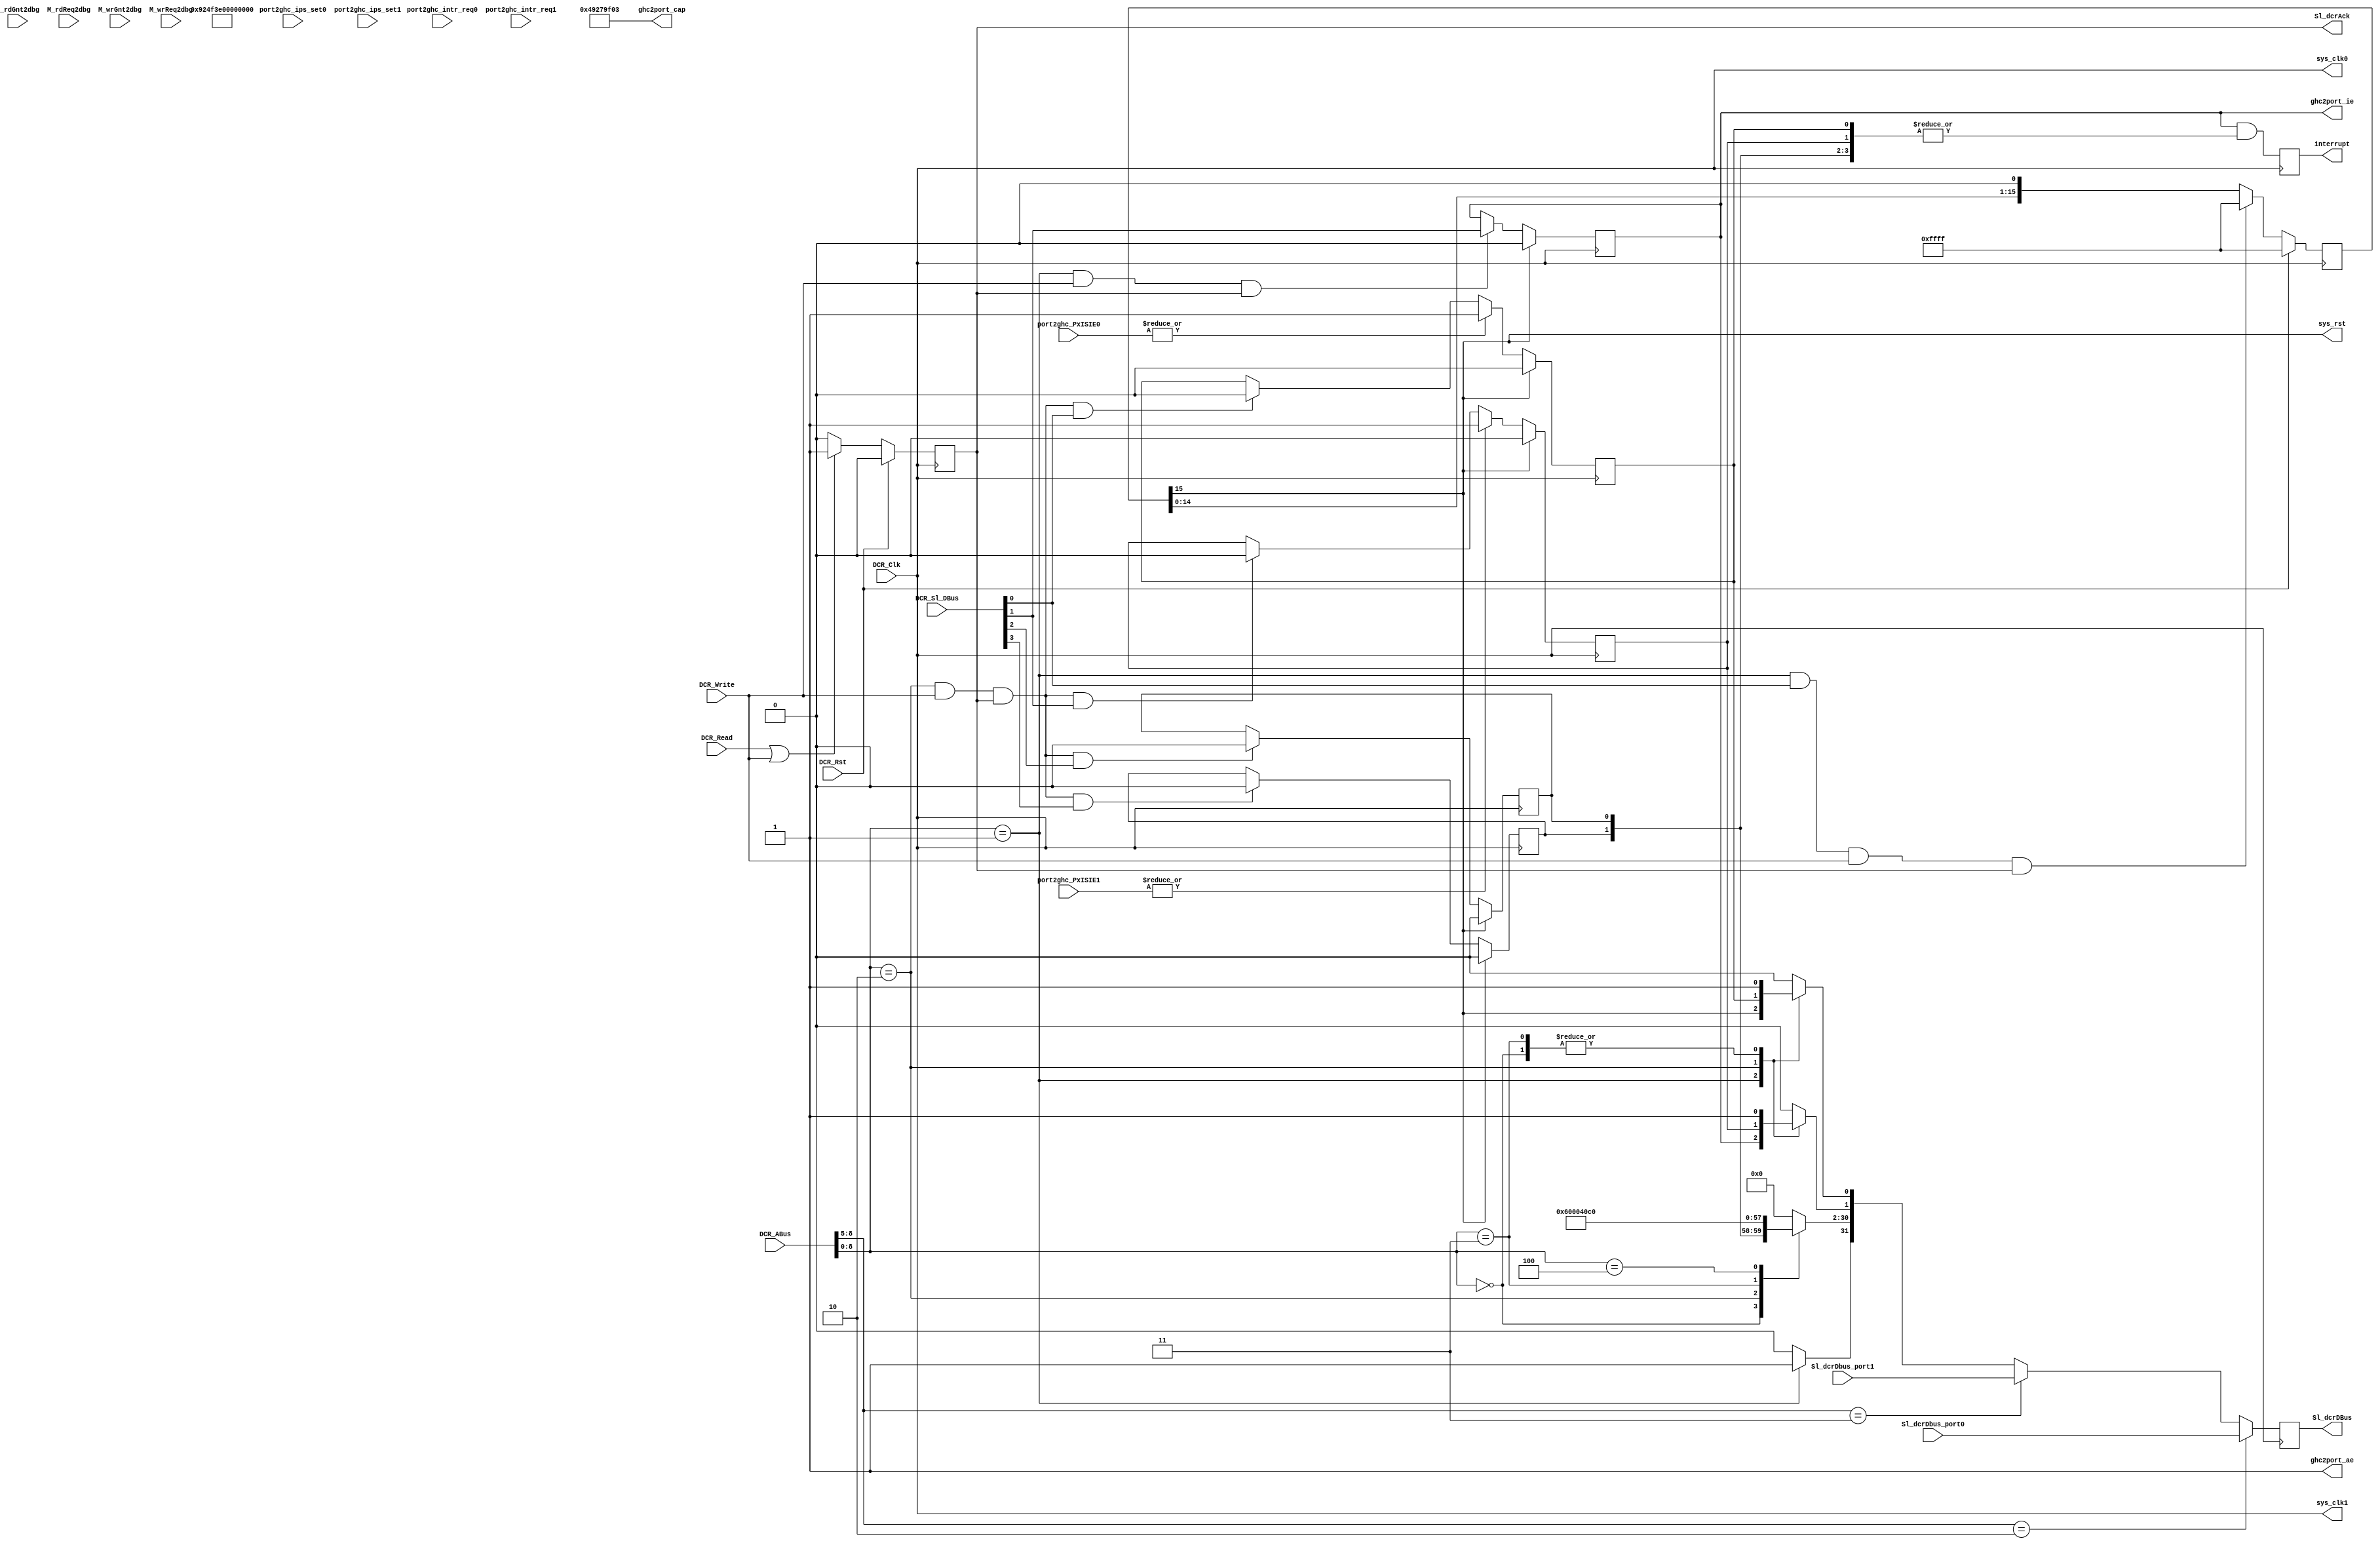
// dcr.v --- 
// 
// Description: 
// Maintainer: 
// Version: 
// Last-Updated: 
//           By: 
//     Update #: 0
// URL: 
// Keywords: 
// Compatibility: 
// 
// 

// Commentary: 
// 
// 
// 
// 

// Change log:
// 
// 
// 

// Copyright (C) 2008,2009 Beijing Soul tech.
// -------------------------------------
// Naming Conventions:
// 	active low signals                 : "*_n"
// 	clock signals                      : "clk", "clk_div#", "clk_#x"
// 	reset signals                      : "rst", "rst_n"
// 	generics                           : "C_*"
// 	user defined types                 : "*_TYPE"
// 	state machine next state           : "*_ns"
// 	state machine current state        : "*_cs"
// 	combinatorial signals              : "*_com"
// 	pipelined or register delay signals: "*_d#"
// 	counter signals                    : "*cnt*"
// 	clock enable signals               : "*_ce"
// 	internal version of output port    : "*_i"
// 	device pins                        : "*_pin"
// 	ports                              : - Names begin with Uppercase
// Code:
module dcr (/*AUTOARG*/
   // Outputs
   Sl_dcrDBus, Sl_dcrAck, sys_clk0, sys_clk1, sys_rst, interrupt,
   ghc2port_ae, ghc2port_ie, ghc2port_cap,
   // Inputs
   DCR_Clk, DCR_Rst, DCR_Read, DCR_Write, DCR_ABus, DCR_Sl_DBus,
   port2ghc_intr_req0, port2ghc_ips_set0, Sl_dcrDbus_port0,
   port2ghc_PxISIE0, port2ghc_intr_req1, port2ghc_ips_set1,
   Sl_dcrDbus_port1, port2ghc_PxISIE1, M_rdGnt2dbg, M_rdReq2dbg,
   M_wrGnt2dbg, M_wrReq2dbg
   );
   parameter C_CHIPSCOPE = 0;
   parameter C_BIG_ENDIAN = 1;
   parameter C_PORT0 = 4'b0010;
   parameter C_PORT1 = 4'b0011;
   parameter C_PORT2 = 4'b0100;
   parameter C_PORT3 = 4'b0101;
   parameter C_PORT  = 4'b1111;

   input DCR_Clk;
   input DCR_Rst;
   input DCR_Read;
   input DCR_Write;
   input [0:9] DCR_ABus;
   input [0:31] DCR_Sl_DBus;
   output [0:31] Sl_dcrDBus;
   output 	 Sl_dcrAck;

   output 	 sys_clk0;
   output 	 sys_clk1;
   output 	 sys_rst;
   output        interrupt;
   
   wire 	 sys_clk0;
   wire 	 sys_clk1;

   /**********************************************************************/
   output 		ghc2port_ae;
   output 		ghc2port_ie;
   output [31:0] 	ghc2port_cap;
   
   input [15:0] 	port2ghc_intr_req0;
   input [15:0] 	port2ghc_ips_set0;
   input [31:0] 	Sl_dcrDbus_port0;
   input [31:0] 	port2ghc_PxISIE0;
   
   input [15:0] 	port2ghc_intr_req1;
   input [15:0] 	port2ghc_ips_set1;
   input [31:0] 	Sl_dcrDbus_port1;
   input [31:0] 	port2ghc_PxISIE1;
   
   /**********************************************************************/
   input [3:0] 		M_rdGnt2dbg;
   input [3:0] 		M_rdReq2dbg;
   input [3:0] 		M_wrGnt2dbg;
   input [3:0] 		M_wrReq2dbg;
   
   wire [31:0] 		ghc2port_pi;
   wire [31:0] 		ghc2port_vs;
   
   localparam [8:0] 	
     C_CAP    = 9'h0,
     C_GHC    = 9'h1,
     C_IS     = 9'h2,
     C_PI     = 9'h3,
     C_VS     = 9'h4;
   /**********************************************************************/
   /*AUTOREG*/
   // Beginning of automatic regs (for this module's undeclared outputs)
   reg			Sl_dcrAck;
   reg [0:31]		Sl_dcrDBus;
   reg			ghc2port_ie;
   reg			interrupt;
   // End of automatics

   wire [31:0] 		dbus;
   wire [31:0]          dbus_be;
   assign dbus_be  = DCR_Sl_DBus;

   generate if (C_BIG_ENDIAN == 1)
       assign dbus = dbus_be;
   endgenerate
   genvar i;
   generate if (C_BIG_ENDIAN == 0)
       for (i = 0; i < 32; i = i + 8) begin: dbus_swap
           assign dbus[i+7:i] = dbus_be[31-i:24-i];
       end
   endgenerate

   always @(posedge DCR_Clk)
     begin
	if (DCR_Rst)
	  begin
	     Sl_dcrAck <= #1 1'b0;
	  end
	else if (DCR_Read || DCR_Write)
	  begin
	     Sl_dcrAck <= #1 1'b1;
	  end
	else
	  begin
	     Sl_dcrAck <= #1 1'b0;
	  end
     end // always @ (posedge DCR_Clk)
   wire [8:0] addr;
   assign addr = DCR_ABus[1:9];
   wire [3:0] prt;
   assign prt  = addr[8:5];

   wire [31:0] Sl_dcrDbus_be;
   wire [31:0] Sl_dcrDbus_next;
   generate if (C_BIG_ENDIAN == 1)
       assign Sl_dcrDbus_next = Sl_dcrDbus_be;
   endgenerate
   generate if (C_BIG_ENDIAN == 0)
       for (i = 0; i < 32; i = i + 8) begin: Sl_dcrDbus_next_swap
           assign Sl_dcrDbus_next[i+7:i] = Sl_dcrDbus_be[31-i:24-i];
       end
   endgenerate

   reg [31:0] Sl_dcrDbus_ghc;
   assign Sl_dcrDbus_be = prt == C_PORT0 ? Sl_dcrDbus_port0 : 
			  prt == C_PORT1 ? Sl_dcrDbus_port1 : Sl_dcrDbus_ghc;
   always @(posedge DCR_Clk)
     begin
	  Sl_dcrDBus <= #1 Sl_dcrDbus_next;
     end

   /**********************************************************************/
   reg [15:0] sys_rst_sync;
   always @(posedge DCR_Clk)
     begin
	if (DCR_Rst)
	  begin
	     sys_rst_sync <= #1 32'hffff_ffff;
	  end
	else if (addr == C_GHC && dbus[0] && DCR_Write && Sl_dcrAck)
	  begin
	     sys_rst_sync <= #1 32'hffff_ffff;
	  end
	else 
	  begin
	     sys_rst_sync <= #1 sys_rst_sync << 1;
	  end
     end // always @ (posedge DCR_Clk)
   assign sys_rst = sys_rst_sync[15];
   always @(posedge DCR_Clk)
     begin
	if (sys_rst)
	  begin
	     ghc2port_ie <= #1 1'b0;
	  end
	else if (addr == C_GHC && DCR_Write && Sl_dcrAck)
	  begin
	     ghc2port_ie <= #1 dbus[1];
	  end
     end // always @ (posedge DCR_Clk)
   
   reg [3:0] 		ghc2port_is;
   always @(posedge DCR_Clk)
     begin
	interrupt <= ghc2port_ie & (|ghc2port_is);
     end

generate 
      for (i = 0; i < 4; i = i + 1)
	begin: is_reg
	   always @(posedge DCR_Clk)
	     begin
		if (sys_rst)
		  begin
		     ghc2port_is[i] <= #1 1'b0;
		  end
		else if (|port2ghc_PxISIE0 && i == 0)
		  begin
		     ghc2port_is[i] <= #1 1'b1;
		  end
		else if (|port2ghc_PxISIE1 && i == 1)
		  begin
		     ghc2port_is[i] <= #1 1'b1;
		  end
		else if (addr == C_IS && DCR_Write && Sl_dcrAck && dbus[i])
		  begin
		     ghc2port_is[i] <= #1 1'b0;
		  end
	     end // always @ (posedge DCR_Clk)
	end // block: is_reg
endgenerate
   
   always @(*)
     begin
	Sl_dcrDbus_ghc = 32'h0;
	case (addr)
	  C_CAP : Sl_dcrDbus_ghc = ghc2port_cap;
	  C_GHC :
	    begin
	       Sl_dcrDbus_ghc[31] = 1'b1;
	       Sl_dcrDbus_ghc[01] = ghc2port_ie;
	       Sl_dcrDbus_ghc[00] = sys_rst;
	    end
	  C_IS  : Sl_dcrDbus_ghc  = ghc2port_is;
	  C_PI  : Sl_dcrDbus_ghc  = ghc2port_pi;
	  C_VS  : Sl_dcrDbus_ghc  = ghc2port_vs;
	endcase
     end
   assign ghc2port_ae = 1'b1;
   assign ghc2port_pi = C_PORT;

   assign ghc2port_vs = 32'h0001_0300;
   
   assign ghc2port_cap[31] = 1'b0;
   assign ghc2port_cap[30] = 1'b1;
   assign ghc2port_cap[29] = 1'b0; // TODO
   assign ghc2port_cap[28] = 1'b0;
   assign ghc2port_cap[27] = 1'b1; // SSS
   assign ghc2port_cap[26] = 1'b0;
   assign ghc2port_cap[25] = 1'b0;
   assign ghc2port_cap[24] = 1'b1; // SCLO
   assign ghc2port_cap[23:20]= 4'b0010;
   assign ghc2port_cap[19] = 1'b0;
   assign ghc2port_cap[18] = 1'b1;
   assign ghc2port_cap[17] = 1'b1;
   assign ghc2port_cap[16] = 1'b1;
   assign ghc2port_cap[15] = 1'b1;
   assign ghc2port_cap[14] = 1'b0;
   assign ghc2port_cap[13] = 1'b0;
   assign ghc2port_cap[12:8]= 5'h1f; /* NCS */
   assign ghc2port_cap[7]  = 1'b0;
   assign ghc2port_cap[6]  = 1'b0;
   assign ghc2port_cap[5]  = 1'b0;
   assign ghc2port_cap[4:0]= 3;
   /**********************************************************************/
   assign sys_clk0 = DCR_Clk;
   assign sys_clk1 = sys_clk0;
   /**********************************************************************/
endmodule